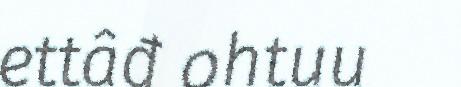
ettâđ ohtuu